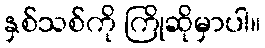
နှစ်သစ်ကို ကြိုဆိုမှာပါ။